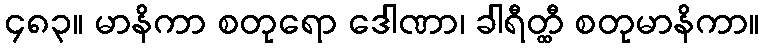
၄၈၃။ မာနိကာ စတုရော ဒေါဏာ၊ ခါရီတ္ထီ စတုမာနိကာ။